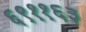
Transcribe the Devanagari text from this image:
६९११६३